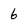
Character: 6